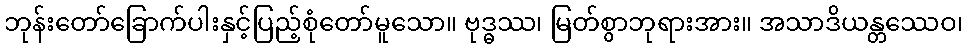
ဘုန်းတော်ခြောက်ပါးနှင့်ပြည့်စုံတော်မူသော။ ဗုဒ္ဓဿ၊ မြတ်စွာဘုရားအား။ အသာဒိယန္တဿေဝ၊